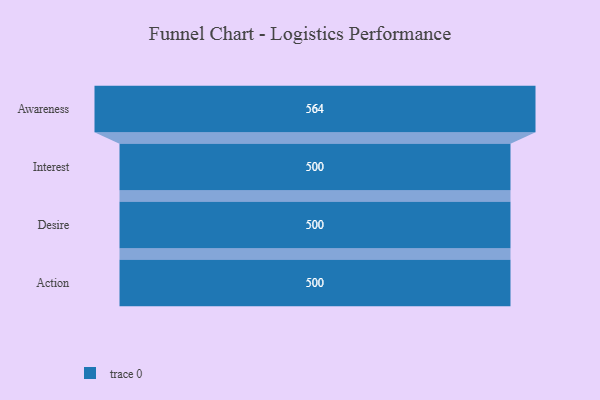
{"axis": {"x": "Stage", "y": "Value"}, "legend": [""], "data": [{"x": "Awareness", "y": 564.0, "type": ""}, {"x": "Interest", "y": 500, "type": ""}, {"x": "Desire", "y": 500, "type": ""}, {"x": "Action", "y": 500, "type": ""}]}